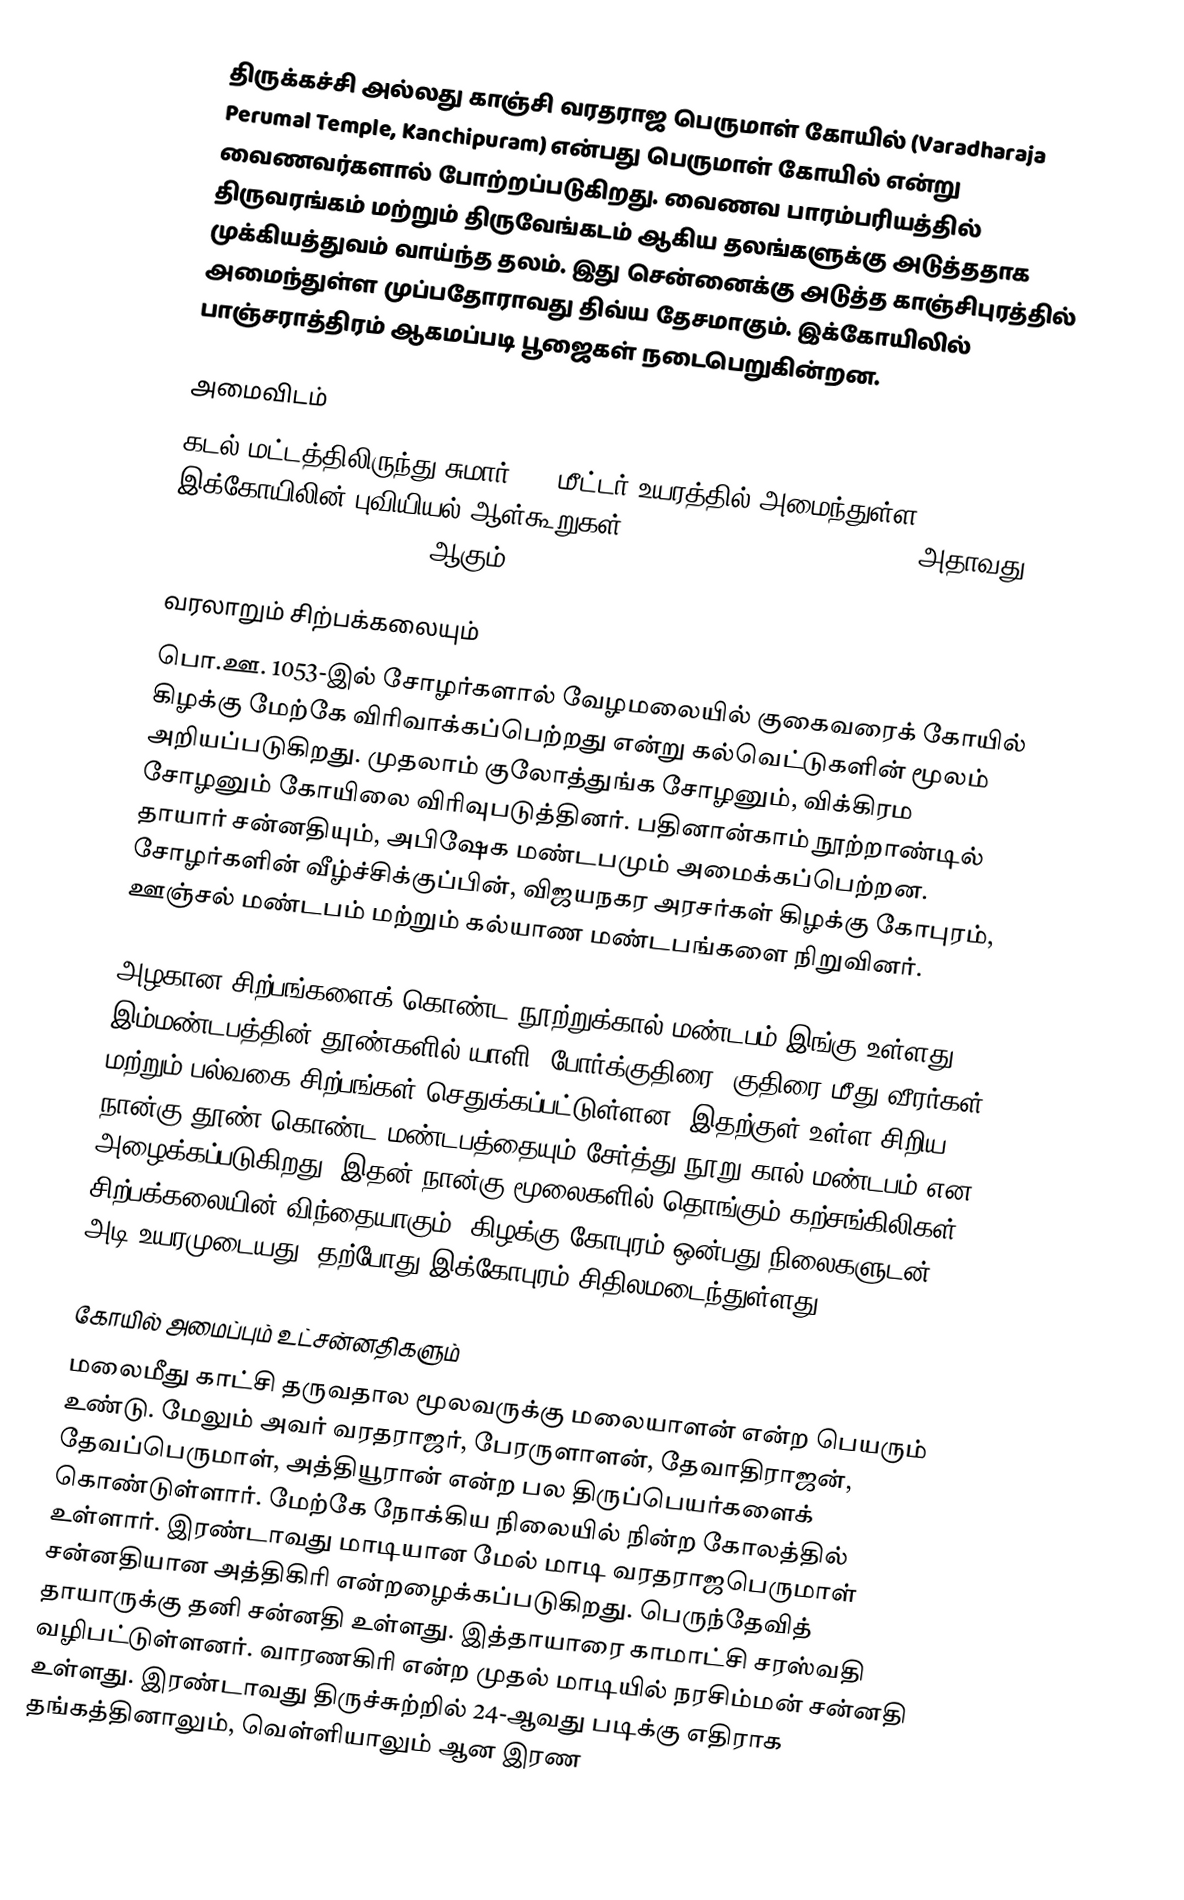
திருக்கச்சி அல்லது காஞ்சி வரதராஜ பெருமாள் கோயில் (Varadharaja Perumal Temple, Kanchipuram) என்பது பெருமாள் கோயில் என்று வைணவர்களால் போற்றப்படுகிறது. வைணவ பாரம்பரியத்தில் திருவரங்கம் மற்றும் திருவேங்கடம் ஆகிய தலங்களுக்கு அடுத்ததாக முக்கியத்துவம் வாய்ந்த தலம். இது சென்னைக்கு அடுத்த காஞ்சிபுரத்தில் அமைந்துள்ள முப்பதோராவது திவ்ய தேசமாகும். இக்கோயிலில் பாஞ்சராத்திரம் ஆகமப்படி பூஜைகள் நடைபெறுகின்றன.

அமைவிடம்
கடல் மட்டத்திலிருந்து சுமார் 102 மீட்டர் உயரத்தில் அமைந்துள்ள இக்கோயிலின் புவியியல் ஆள்கூறுகள்: 12°49'09.1"N, 79°43'28.0"E (அதாவது, 12.819200°N, 79.724450°E) ஆகும்.

வரலாறும் சிற்பக்கலையும்
பொ.ஊ. 1053-இல் சோழர்களால் வேழமலையில் குகைவரைக் கோயில் கிழக்கு மேற்கே விரிவாக்கப்பெற்றது என்று கல்வெட்டுகளின் மூலம் அறியப்படுகிறது. முதலாம் குலோத்துங்க சோழனும், விக்கிரம சோழனும் கோயிலை விரிவுபடுத்தினர். பதினான்காம் நூற்றாண்டில் தாயார் சன்னதியும், அபிஷேக மண்டபமும் அமைக்கப்பெற்றன. சோழர்களின் வீழ்ச்சிக்குப்பின், விஜயநகர அரசர்கள் கிழக்கு கோபுரம், ஊஞ்சல் மண்டபம் மற்றும் கல்யாண மண்டபங்களை நிறுவினர்.

அழகான சிற்பங்களைக் கொண்ட நூற்றுக்கால் மண்டபம் இங்கு உள்ளது. இம்மண்டபத்தின் தூண்களில் யாளி, போர்க்குதிரை, குதிரை மீது வீரர்கள் மற்றும் பல்வகை சிற்பங்கள் செதுக்கப்பட்டுள்ளன. இதற்குள் உள்ள சிறிய நான்கு தூண் கொண்ட மண்டபத்தையும் சேர்த்து நூறு கால் மண்டபம் என அழைக்கப்படுகிறது. இதன் நான்கு மூலைகளில் தொங்கும் கற்சங்கிலிகள் சிற்பக்கலையின் விந்தையாகும். கிழக்கு கோபுரம் ஒன்பது நிலைகளுடன் 180 அடி உயரமுடையது. தற்போது இக்கோபுரம் சிதிலமடைந்துள்ளது.

கோயில் அமைப்பும் உட்சன்னதிகளும்
மலைமீது காட்சி தருவதால மூலவருக்கு மலையாளன் என்ற பெயரும் உண்டு. மேலும் அவர் வரதராஜர், பேரருளாளன், தேவாதிராஜன், தேவப்பெருமாள், அத்தியூரான் என்ற பல திருப்பெயர்களைக் கொண்டுள்ளார். மேற்கே நோக்கிய நிலையில் நின்ற கோலத்தில் உள்ளார். இரண்டாவது மாடியான மேல் மாடி வரதராஜபெருமாள் சன்னதியான அத்திகிரி என்றழைக்கப்படுகிறது. பெருந்தேவித் தாயாருக்கு தனி சன்னதி உள்ளது. இத்தாயாரை காமாட்சி சரஸ்வதி வழிபட்டுள்ளனர். வாரணகிரி என்ற முதல் மாடியில் நரசிம்மன் சன்னதி உள்ளது. இரண்டாவது திருச்சுற்றில் 24-ஆவது படிக்கு எதிராக தங்கத்தினாலும், வெள்ளியாலும் ஆன இரண